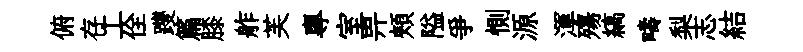
俯存工佺躞篇膝舴芙專室畀頰隘爭惻源渾殤縞疇梨志結